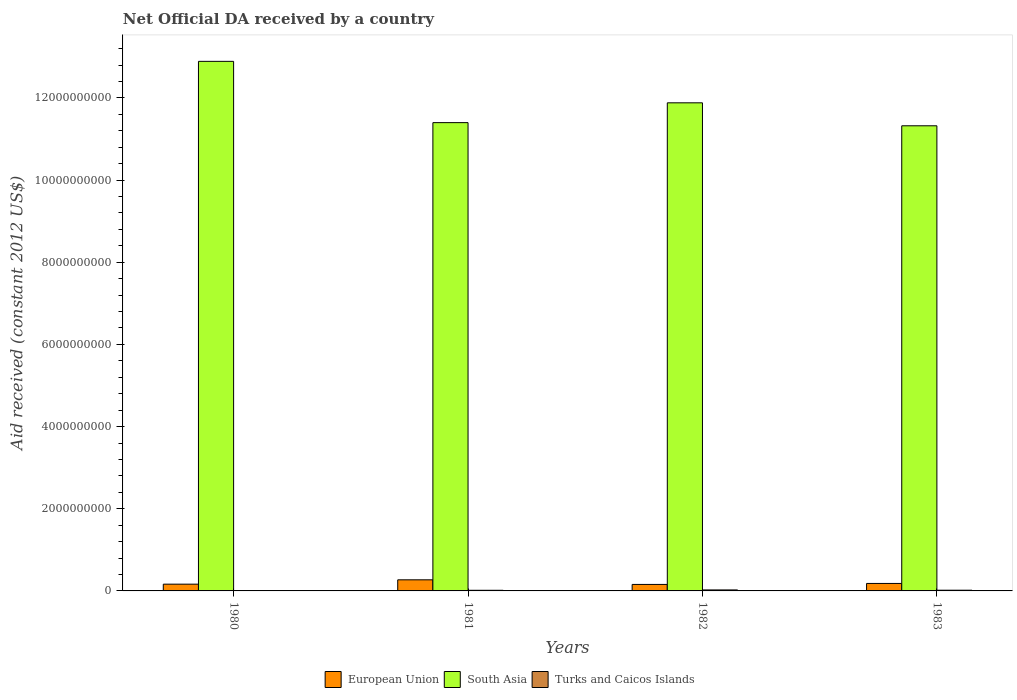
| Years | European Union | South Asia | Turks and Caicos Islands |
 | --- | --- | --- | --- |
 | 1980 | 1.65e+08 | 1.29e+10 | 7.25e+06 |
 | 1981 | 2.7e+08 | 1.14e+10 | 1.55e+07 |
 | 1982 | 1.58e+08 | 1.19e+10 | 2.42e+07 |
 | 1983 | 1.82e+08 | 1.13e+10 | 1.73e+07 |